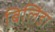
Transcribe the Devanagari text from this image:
बिलिंडा